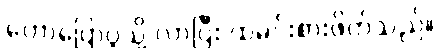
ဟောပြောပွဲသို့ လာပြီး ထမင်းစားဖိတ်သည်။